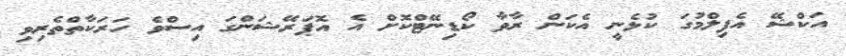
އަކްޝޭ އެފިލްމުގަ ކުޅެނީ އެކަން ރާވާ ކޯޑިނޭޓްކޮށް އެ އޮޕަރޭޝަންގަ އިސްވެ ހަރަކާތްތެރިވި